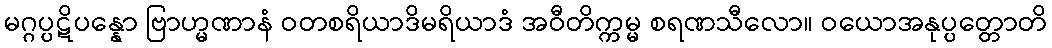
မဂ္ဂပ္ပဋိပန္နော ဗြာဟ္မဏာနံ ဝတစရိယာဒိမရိယာဒံ အဝီတိက္ကမ္မ စရဏသီလော။ ဝယောအနုပ္ပတ္တောတိ